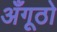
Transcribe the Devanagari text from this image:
अँगूठो